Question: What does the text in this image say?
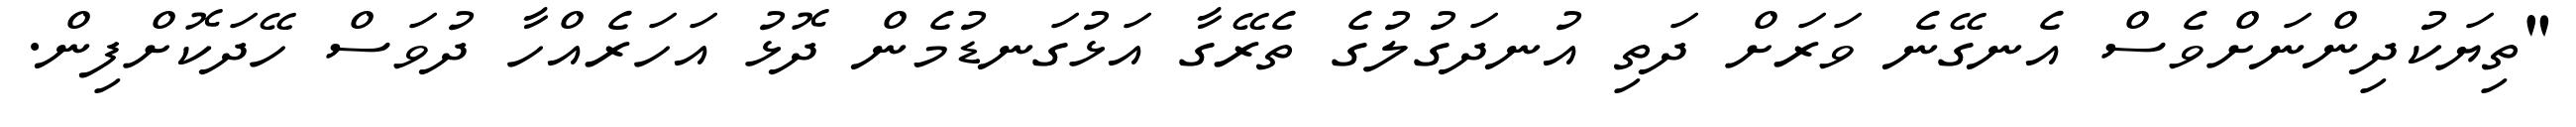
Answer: "ތިޔަކުދިންނަށްވެސް އެނގޭނެ ވަރަށް ދަތި އުނދަގުލުގެ ތެރޭގާ އަޅުގަނޑުމެން ދޮޅު އަހަރެއްހާ ދުވަސް ހޭދަކޮށްފިން.